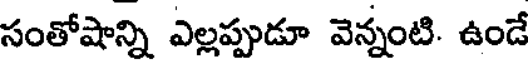
సంతోషాన్ని ఎల్లప్పుడూ వెన్నంటి. ఉండే